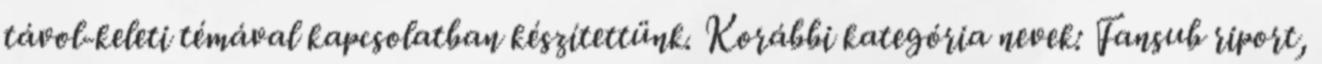
távol-keleti témával kapcsolatban készítettünk. Korábbi kategória nevek: Fansub riport,